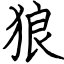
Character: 狼